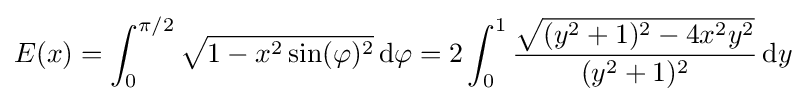
E(x)=\int _{0}^{\pi /2}{\sqrt {1-x^{2}\sin(\varphi )^{2}}}\,\mathrm {d} \varphi =2\int _{0}^{1}{\frac {\sqrt {(y^{2}+1)^{2}-4x^{2}y^{2}}}{(y^{2}+1)^{2}}}\,\mathrm {d} y